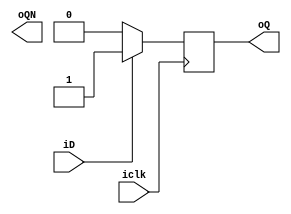
module FLOPD(
       input iclk,
		 input iD, 
		 output oQ,
		 output oQN
		 );	 
		 
reg rQ = 1'b0;

assign oQ = rQ;
assign oQn = ~rQ;

always @ (posedge iclk)
begin 
    if(iD ==1)
	 begin 
	    rQ = 1'd1;
	 end 
	 else if(iD ==0)
	 begin 
	    rQ = 1'd0;
	 end 
end 
//assign oQ=(iclk&iD); 
//assign oQ=(iclk&iD)|(~iclk&iD); 
//assign oQN=(iclk&~iD); 	
		 

endmodule